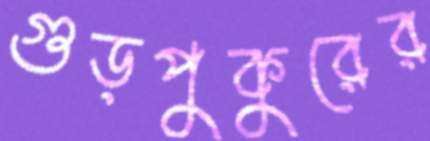
গুড়পুকুরের